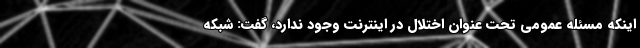
اینکه مسئله عمومی تحت عنوان اختلال در اینترنت وجود ندارد، گفت: شبکه